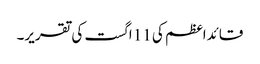
قائداعظم کی 11 اگست کی تقریر۔